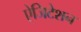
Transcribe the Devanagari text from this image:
ऐजिटेशन